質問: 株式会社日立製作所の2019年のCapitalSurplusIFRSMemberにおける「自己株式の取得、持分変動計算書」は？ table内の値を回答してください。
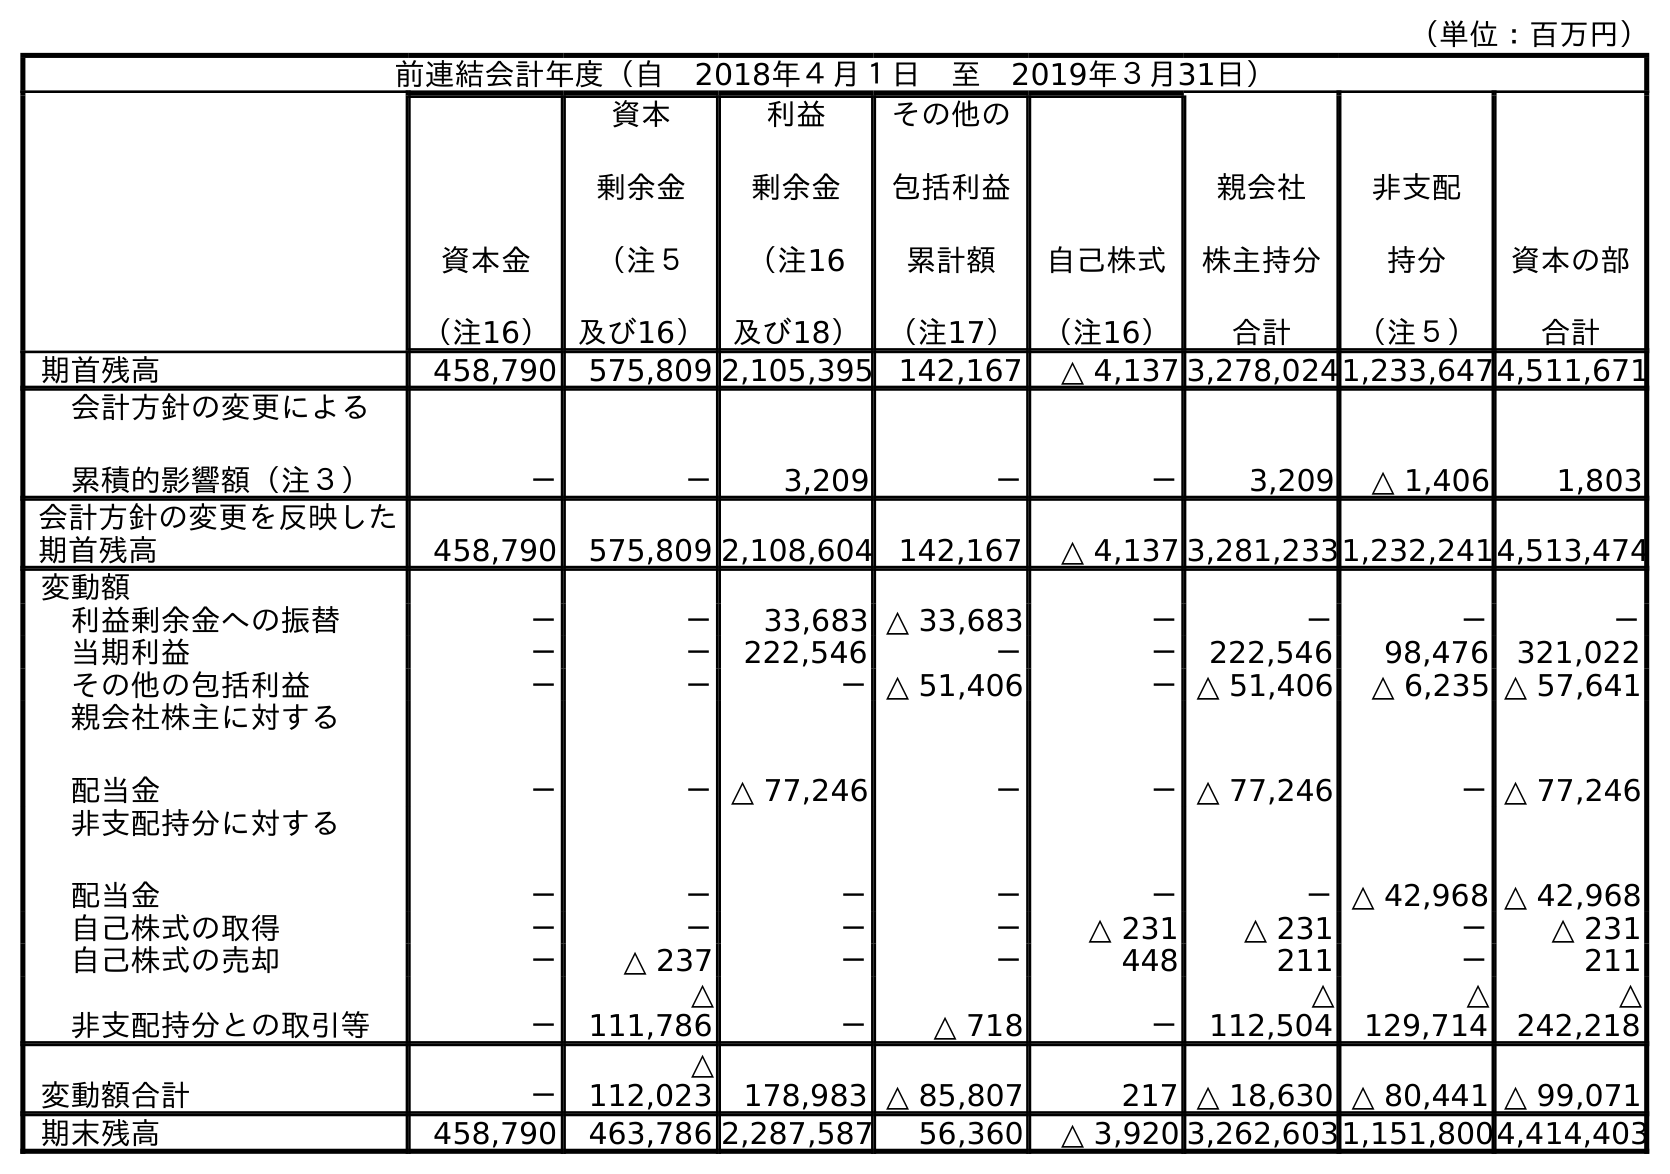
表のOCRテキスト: （単位：百万円） 前連結会計年度（自 2018年４月１日 至 2019年３月31日） 資本金 （注16） 資本 剰余金 （注５ 及び16） 利益 剰余金 （注16 及び18） その他の 包括利益 累計額 （注17） 自己株式 （注16） 親会社 株主持分 合計 非支配 持分 （注５） 資本の部 合計 期首残高 458,790 575,809 2,105,395 142,167 △ 4,137 3,278,0241,233,6474,511,671 会計方針の変更による 累積的影響額（注３） － － 3,209 － － 3,209 △ 1,406 1,803 会計方針の変更を反映した 期首残高 458,790 575,809 2,108,604 142,167 △ 4,137 3,281,2331,232,2414,513,474 変動額 利益剰余金への振替 － － 33,683 △ 33,683 － － － － 当期利益 － － 222,546 － － 222,546 98,476 321,022 その他の包括利益 － － －△ 51,406 －△ 51,406 △ 6,235 △ 57,641 親会社株主に対する 配当金 － －△ 77,246 － －△ 77,246 －△ 77,246 非支配持分に対する 配当金 － － － － － －△ 42,968 △ 42,968 自己株式の取得 － － － － △ 231 △ 231 － △ 231 自己株式の売却 － △ 237 － － 448 211 － 211 非支配持分との取引等 － △ 111,786 － △ 718 － △ 112,504 △ 129,714 △ 242,218 変動額合計 － △ 112,023 178,983 △ 85,807 217 △ 18,630 △ 80,441 △ 99,071 期末残高 458,790 463,786 2,287,587 56,360 △ 3,920 3,262,6031,151,8004,414,403
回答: －